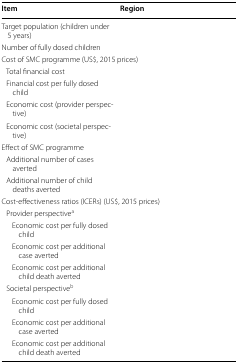
<table><thead><tr><td><b>Item</b></td><td><b>Region</b></td></tr></thead><tbody><tr><td>Target population (children under 5 years)</td><td>[EMPTY_CELL]</td></tr><tr><td>Number of fully dosed children</td><td>[EMPTY_CELL]</td></tr><tr><td colspan="2">Cost of SMC programme (US$, 2015 prices)</td></tr><tr><td> Total financial cost</td><td>[EMPTY_CELL]</td></tr><tr><td> Financial cost per fully dosed child</td><td>[EMPTY_CELL]</td></tr><tr><td> Economic cost (provider perspective)</td><td>[EMPTY_CELL]</td></tr><tr><td> Economic cost (societal perspective)</td><td>[EMPTY_CELL]</td></tr><tr><td colspan="2">Effect of SMC programme</td></tr><tr><td> Additional number of cases averted</td><td>[EMPTY_CELL]</td></tr><tr><td> Additional number of child deaths averted</td><td>[EMPTY_CELL]</td></tr><tr><td colspan="2">Cost-effectiveness ratios (ICERs) (US$, 2015 prices)</td></tr><tr><td colspan="2"> Provider perspective<sup>a</sup></td></tr><tr><td>Economic cost per fully dosed child</td><td>[EMPTY_CELL]</td></tr><tr><td>Economic cost per additional case averted</td><td>[EMPTY_CELL]</td></tr><tr><td>Economic cost per additional child death averted</td><td>[EMPTY_CELL]</td></tr><tr><td colspan="2"> Societal perspective<sup>b</sup></td></tr><tr><td>Economic cost per fully dosed child</td><td>[EMPTY_CELL]</td></tr><tr><td>Economic cost per additional case averted</td><td>[EMPTY_CELL]</td></tr><tr><td>Economic cost per additional child death averted</td><td>[EMPTY_CELL]</td></tr></tbody></table>